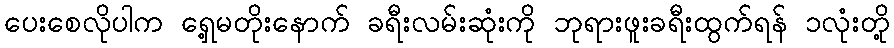
ပေးစေလိုပါက ရှေ့မတိုးနောက် ခရီးလမ်းဆုံးကို ဘုရားဖူးခရီးထွက်ရန် ၁လုံးတို့